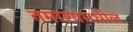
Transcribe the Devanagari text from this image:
तमाशामधील